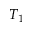
T _ { 1 }